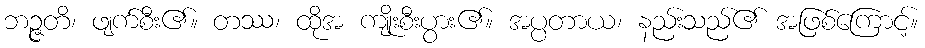
ဘဉ္ဇတိ၊ ဖျက်စီး၏။ တဿ၊ ထိုအ ကျိုးစီးပွား၏။ အပ္ပတာယ၊ နည်းသည်၏ အဖြစ်ကြောင့်။